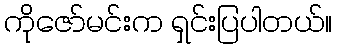
ကိုဇော်မင်းက ရှင်းပြပါတယ်။